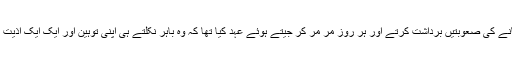
اس نے قید خانے کی صعوبتیں برداشت کرتے اور ہر روز مر مر کر جیتے ہوئے عہد کیا تھا کہ وہ باہر نکلتے ہی اپنی توہین اور ایک ایک اذیت کا بدلہ لے گا۔